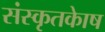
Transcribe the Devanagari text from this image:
संस्कृतकाेष